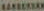
BARBERSAM